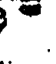
-